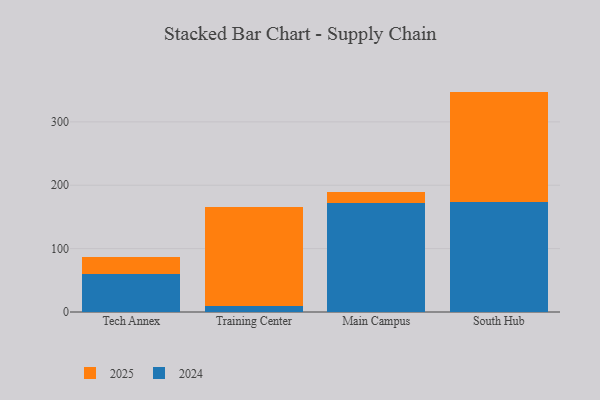
{"axis": {"x": "Campus", "y": "Tickets Resolved"}, "legend": ["2024", "2025"], "data": [{"x": "Tech Annex", "y": 26.2, "type": "2025"}, {"x": "Tech Annex", "y": 59.9, "type": "2024"}, {"x": "Training Center", "y": 156.3, "type": "2025"}, {"x": "Training Center", "y": 9.3, "type": "2024"}, {"x": "Main Campus", "y": 16.6, "type": "2025"}, {"x": "Main Campus", "y": 172.8, "type": "2024"}, {"x": "South Hub", "y": 173.7, "type": "2025"}, {"x": "South Hub", "y": 174.1, "type": "2024"}]}